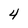
Character: 4